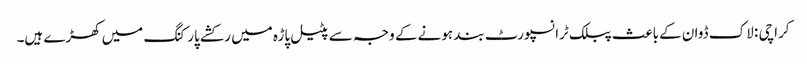
کراچی : لاک ڈوان کے باعث پبلک ٹرانسپورٹ بند ہونے کے وجہ سے پٹیل پاڑہ میں رکشے پارکنگ میں کھڑے ہیں۔